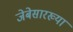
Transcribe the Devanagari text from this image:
जेबेसारख्या